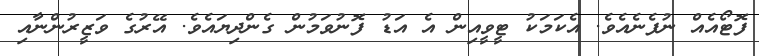
ފޮޓޯއެއް ނުފެނެއެވެ. އެކަމަކު ޓީވީއިން އެ އަޑު ފޮނުވަމުން ގެންދިޔައެވެ. އޭރުގެ ވަޒީރުންނާއި